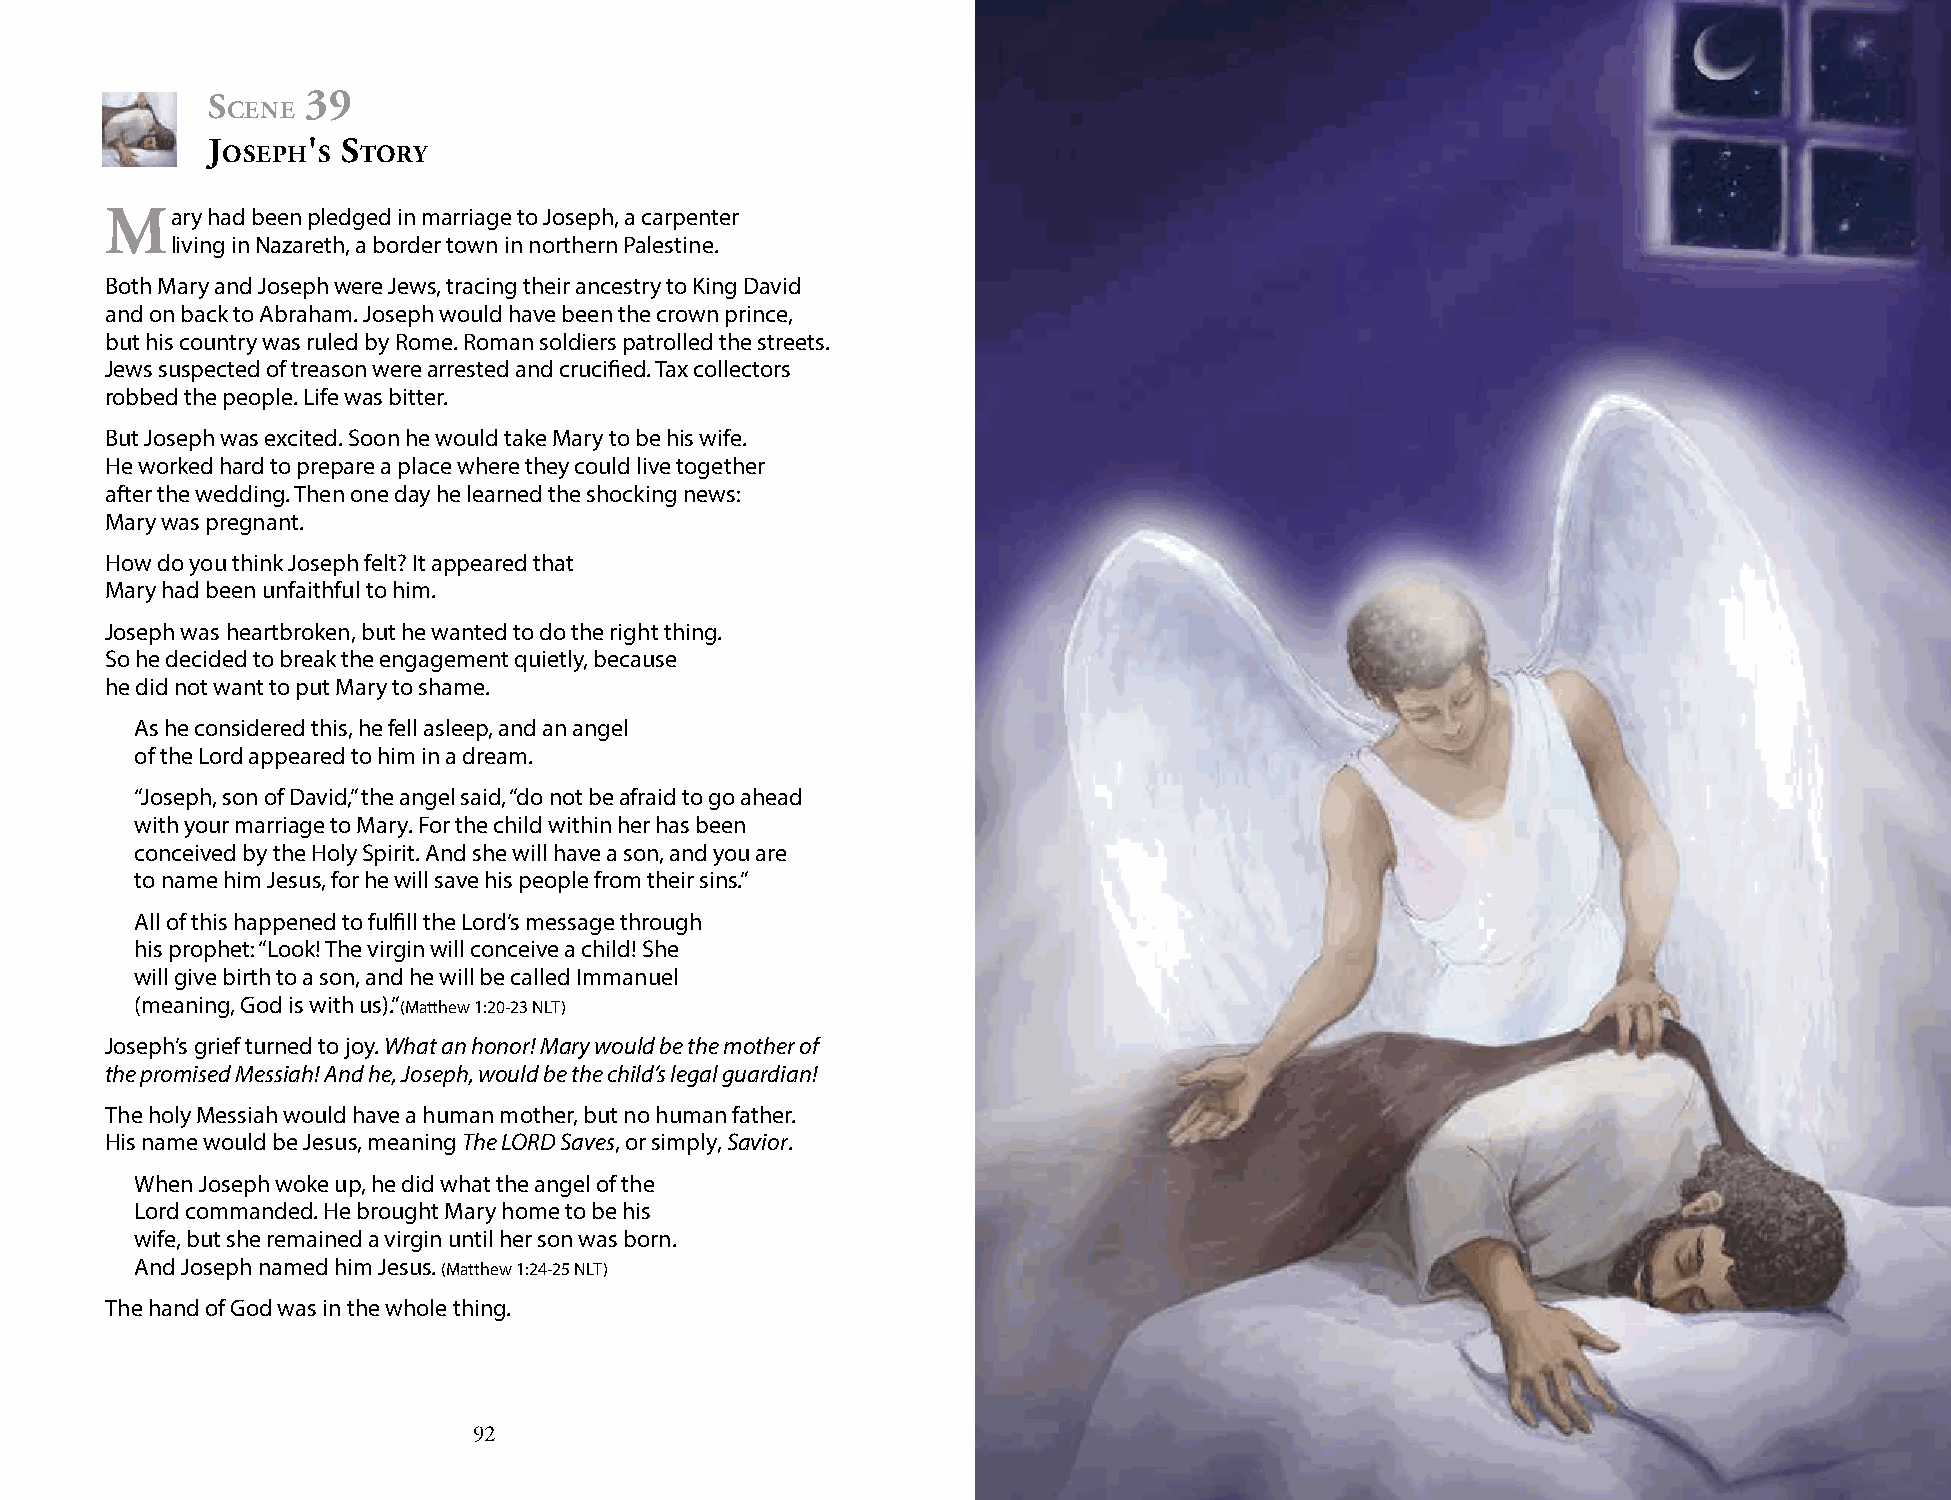
s     39
 cene
 j     '  s
 osePh s  tory
 mary   had been pledged in marriage to Joseph, a carpenter
 living in Nazareth, a border town in northern Palestine.
 Both Mary and Joseph were Jews, tracing their ancestry to King David
 and on back to Abraham. Joseph would have been the crown prince,
 but his country was ruled by Rome. Roman soldiers patrolled the streets.
 Jews suspected of treason were arrested and crucified. Tax collectors
 robbed the people. Life was bitter.
 But Joseph was excited. Soon he would take Mary to be his wife.
 He worked hard to prepare a place where they could live together
 after the wedding. Then one day he learned the shocking news:
 Mary was pregnant.
 How do you think Joseph felt? It appeared that
 Mary had been unfaithful to him.
 Joseph was heartbroken, but he wanted to do the right thing.
 So he decided to break the engagement quietly, because
 he did not want to put Mary to shame.
 As he considered this, he fell asleep, and an angel
 of the Lord appeared to him in a dream.
 “Joseph, son of David,” the angel said, “do not be afraid to go ahead
 with your marriage to Mary. For the child within her has been
 conceived by the Holy Spirit. And she will have a son, and you are
 to name him Jesus, for he will save his people from their sins.”
 All of this happened to fulfill the Lord’s message through
 his prophet: “Look! The virgin will conceive a child! She
 will give birth to a son, and he will be called Immanuel
 (meaning, God is with us).”(Matthew 1:20-23 NLT)
 Joseph’s grief turned to joy. What an honor! Mary would be the mother of
 the promised Messiah! And he, Joseph, would be the child’s legal guardian!
 The holy Messiah would have a human mother, but no human father.
 His name would be Jesus, meaning The LORD Saves, or simply, Savior.
 When Joseph woke up, he did what the angel of the
 Lord commanded. He brought Mary home to be his
 wife, but she remained a virgin until her son was born.
 And Joseph named him Jesus. (Matthew 1:24-25 NLT)
 The hand of God was in the whole thing.
 92